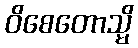
ဝိစေတောသ္မိ